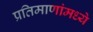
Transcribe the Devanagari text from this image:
प्रतिमाणांमध्ये